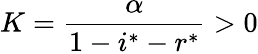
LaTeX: K=\frac{\alpha}{1-i^{*}-r^{*}}>0